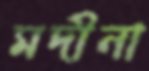
মদীনা